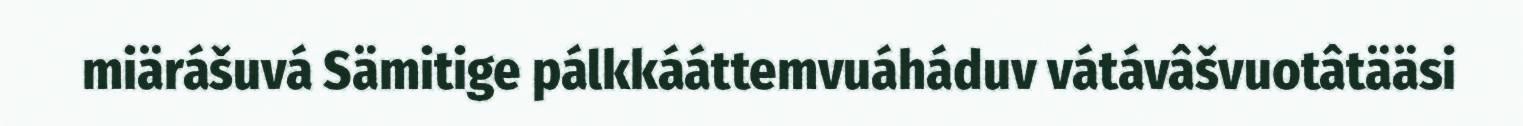
miärášuvá Sämitige pálkkááttemvuáháduv vátávâšvuotâtääsi